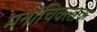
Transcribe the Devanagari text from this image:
मनोचिक्त्सक